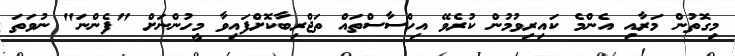
މިގޮތުން މަރާއި އެންމެ ކައިރިވުމުން ކުރެވޭ އިހްސާސްތައް ތަޖްރިބާކޮށްފައިވާ މީހުންނަށް "ފެންނަ" ނުވަތަ